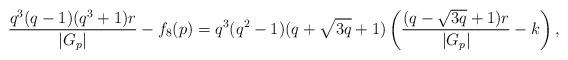
LaTeX: \begin{align*} \frac{q^3(q-1)(q^3+1)r}{|G_p|}-f_8(p)=q^3(q^2-1)(q+\sqrt{3q}+1)\left( \frac{(q-\sqrt{3q}+1)r}{|G_{p}|}-k \right),\end{align*}